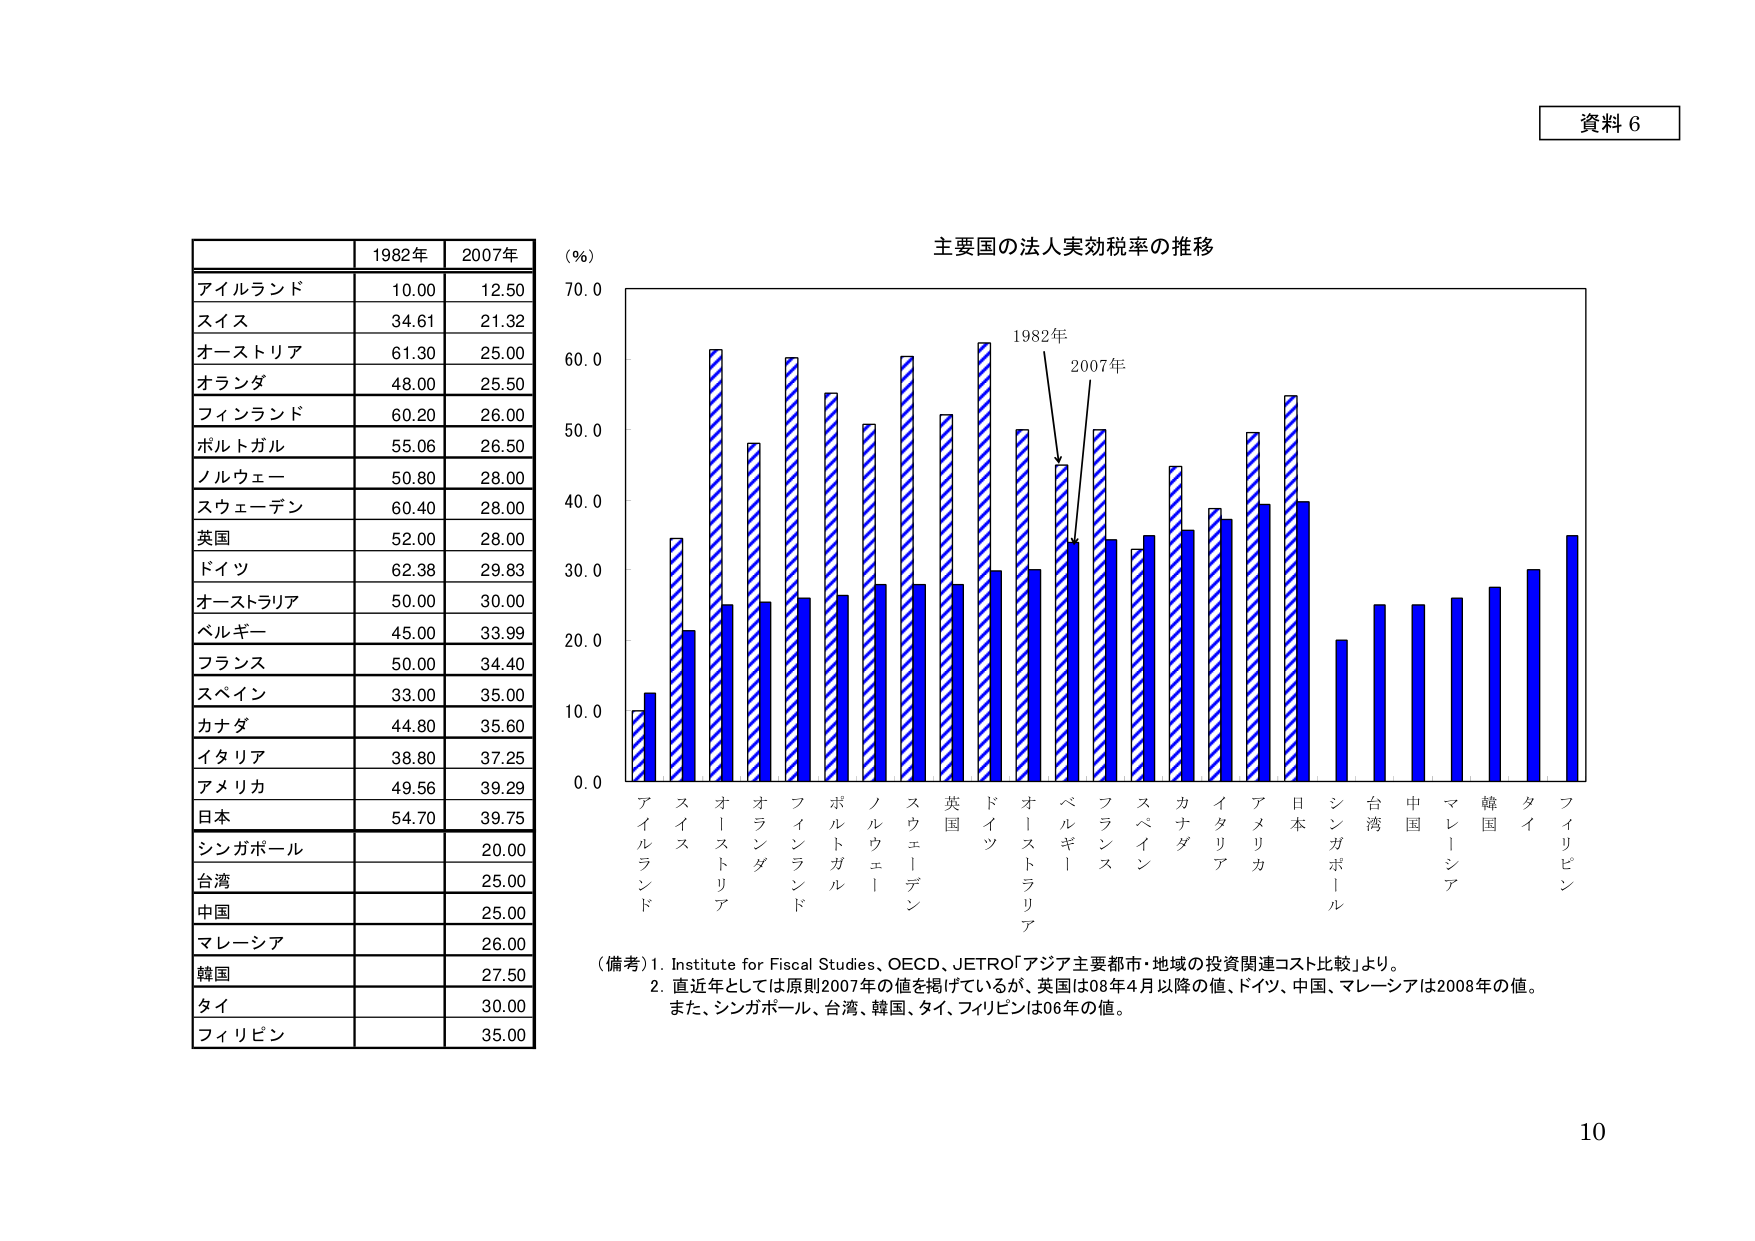
資料６

主要国の法人実効税率の推移

(％)
70.0
60.0
50.0
40.0
30.0
20.0
10.0
0.0

1982年
2007年

アイルランド
スイス
オーストリア
オランダ
フィンランド
ポルトガル
ノルウェー
スウェーデン
英国
ドイツ
オーストラリア
ベルギー
フランス
スペイン
カナダ
イタリア
アメリカ
日本
シンガポール
台湾
中国
マレーシア
韓国
タイ
フィリピン

1982年
2007年

アイルランド 10.00 12.50
スイス 34.61 21.32
オーストリア 61.30 25.00
オランダ 48.00 25.50
フィンランド 60.20 26.00
ポルトガル 55.06 26.50
ノルウェー 50.80 28.00
スウェーデン 60.40 28.00
英国 52.00 28.00
ドイツ 62.38 29.83
オーストラリア 50.00 30.00
ベルギー 45.00 33.99
フランス 50.00 34.40
スペイン 33.00 35.00
カナダ 44.80 35.60
イタリア 38.80 37.25
アメリカ 49.56 39.29
日本 54.70 39.75
シンガポール 20.00
台湾 25.00
中国 25.00
マレーシア 26.00
韓国 27.50
タイ 30.00
フィリピン 35.00

（備考）1. Institute for Fiscal Studies、OECD、JETRO「アジア主要都市・地域の投資関連コスト比較」より。
2. 直近年としては原則2007年の値を掲げているが、英国は08年4月以降の値、ドイツ、中国、マレーシアは2008年の値。
また、シンガポール、台湾、韓国、タイ、フィリピンは06年の値。

10